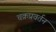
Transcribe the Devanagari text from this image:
चक्रप्रवर्तन